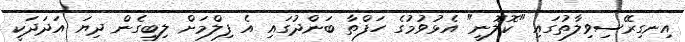
އިނގިރޭސިވިލާތުގައި "ކޮލޮނީ" އެޅުވުމުގެ ހަފްތާ ބަންދުގައި އެ ފިލްމަށް ލިބިގެން ދިޔަ އަދަދަކީ